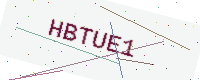
Text: HBTUE1